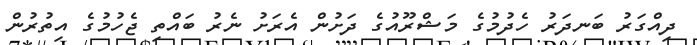
ދިއްގަރު ބަނދަރު ހެދުމުގެ މަޝްރޫއުގެ ދަށުން އެރަށު ނެރު ބައްތި ޖެހުމުގެ އިތުރުން